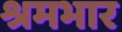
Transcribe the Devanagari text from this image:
श्रमभार